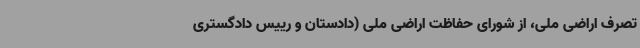
تصرف اراضی ملی، از شورای حفاظت اراضی ملی (دادستان و رییس دادگستری